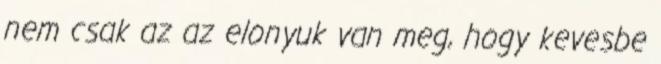
nem csak az az elonyuk van meg, hogy kevesbe